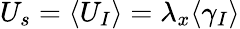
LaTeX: U_{s}=\langle U_{I}\rangle=\lambda_{x}\langle\gamma_{I}\rangle